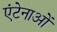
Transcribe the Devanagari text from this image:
एंटेनाओं